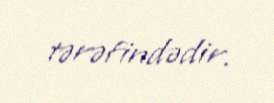
tərəfindədir.